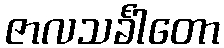
ဇာလသင်္ခါတော